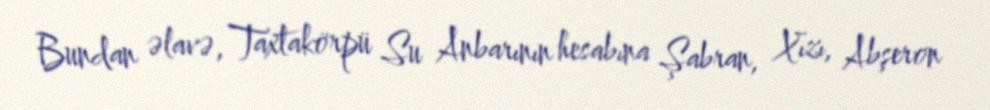
Bundan əlavə, Taxtakörpü Su Anbarının hesabına Şabran, Xızı, Abşeron